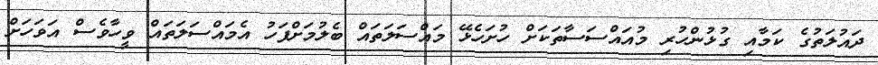
ދައުލަތުގެ ކަމާއި ގުޅުންހުރި މުއައްސަސާތަކަށް ހުށަހެޅޭ މައްސަލަތައް ބެލުމަށްފަހު އެމައްސަލަތައް ވީހާވެސް އަވަހަށް